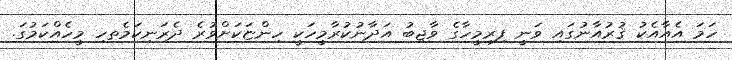
ހަމަ އެއާއެކު ޤުރުއާނުގައި ވަނީ ފިރިމީހާގެ ވާޖިބު އަދާނުކުރާމީހަކީ ހިންޏަކަށްވުރެ ދެރަނިކަމެތހި މީހެއްކަމުގަ.